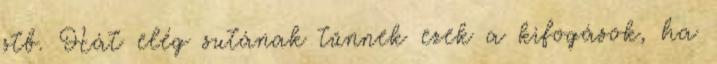
stb. Hát elég sutának tűnnek ezek a kifogások, ha